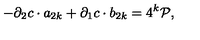
- \partial _ { 2 } c \cdot a _ { 2 k } + \partial _ { 1 } c \cdot b _ { 2 k } = 4 ^ { k } { \cal P } ,